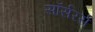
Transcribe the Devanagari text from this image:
सॉर्सरर्स